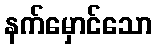
နက်မှောင်သော